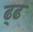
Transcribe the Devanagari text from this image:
ढ्ढ